Report of the Indian Hemp Drugs Commission, 1894-1895 - Volume V
Year: 1894
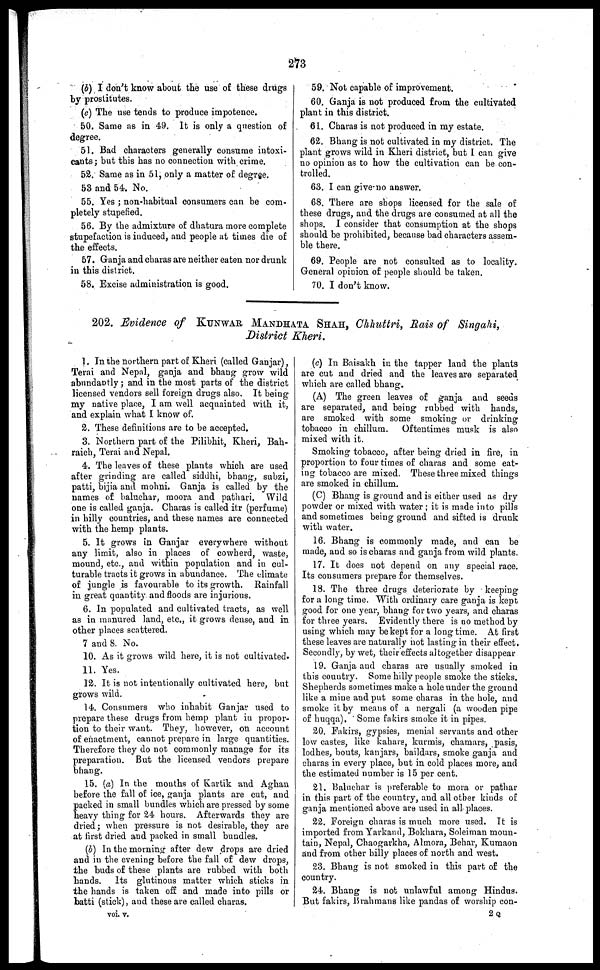
273
(b) I don't know about the use of these drugs
by prostitutes.
(c) The use tends to produce impotence.
50. Same as in 49. It is only a question of
degree.
51. Bad characters generally consume intoxi-
cants ; but this has no connection with crime.
52. Same as in 51, only a matter of degree.
53 and 54. No.
55. Yes ; non-habitual consumers can be com-
pletely stupefied.
56. By the admixture of dhatura more complete
stupefaction is induced, and people at times die of
the effects.
57. Ganja and charas are neither eaten nor drunk
in this district.
58. Excise administration is good.
59. Not capable of improvement.
60. Ganja is not produced from the cultivated
plant in this district.
61. Charas is not produced in my estate.
62. Bhang is not cultivated in my district. The
plant grows wild in Kheri district, but I can give
no opinion as to how the cultivation can be con-
trolled.
63. I can give no answer.
68. There are shops licensed for the sale of
these drugs, and the drugs are consumed at all the
shops. I consider that consumption at the shops
should be prohibited, because bad characters assem-
ble there.
69. People are not consulted as to locality.
General opinion of people should be taken.
70. I don't know.
202. Evidence of KUNWAR MANDHATA SHAH, Chhuttri, Rais of Singahi,
District Kheri.
1. In the northern part of Kheri (called Ganjar),
Terai and Nepal, ganja and bhang grow wild
abundantly ; and in the most parts of the district
licensed vendors sell foreign drugs also. It being
my Dative place, I am well acquainted with it,
and explain what I know of.
2. These definitions are to be accepted.
3. Northern part of the Pilibhit, Kheri, Bah-
raich, Terai and Nepal.
4. The leaves of these plants which are used
after grinding are called siddhi, bhang, subzi,
patti, bijia and mohni. Ganja is called by the
names of haluchar, moora and pathari. Wild
one is called ganja. Charas is called itr (perfume)
in hilly countries, and these names are connected
with the hemp plants.
5. It grows in Ganjar everywhere without
any limit, also in places of cowherd, waste,
mound, etc., and within population and in cul-
turable tracts it grows in abundance. The climate
of jungle is favourable to its growth. Rainfall
in great quantity and floods are injurious.
6. In populated and cultivated tracts, as well
as in manured land, etc., it grows dense, and in
other places scattered.
7 and 8. No.
10. As it grows wild here, it is not cultivated.
11. Yes.
12. It is not intentionally cultivated here, but
grows wild.
14. Consumers who inhabit Ganjar used to
prepare these drugs from hemp plant in propor-
tion to their want. They, however, on account
of enactment, cannot prepare in large quantities.
Therefore they do not commonly manage for its
preparation. But the licensed vendors prepare
bhang.
15. (a) In the months of Kartik and Aghan
before the fall of ice, ganja plants are cut, and
packed in small bundles which are pressed by some
heavy thing for 24 hours. Afterwards they are
dried; when pressure is not desirable, they are
at first dried and packed in small bundles.
(b) In the morning after dew drops are dried
and in the evening before the fall of dew drops,
the buds of these plants are rubbed with both
Lands. Its glutinous matter which sticks in
the hands is taken off and made into pills or
batti (stick), and these are called charas.
(c) In Baisakh in the tapper land the plants
are cut and dried and the leaves are separated
which are called bhang.
(A) The green leaves of ganja and 6eeds
are separated, and being rubbed with hands,
are smoked with some smoking or drinking
tobacco in chillum. Oftentimes musk is also
mixed with it.
Smoking tobacco, after being dried in fire, in
proportion to four times of charas and some eat-
ing tobacco are mixed. These three mixed things
are smoked in chillum.
(C) Bhang is ground and is either used as dry
powder or mixed with water ; it is made into pills
and sometimes being ground and sifted is drunk
with water.
16. Bhang is commonly made, and can be
made, and so is charas and ganja from wild plants.
17. It does not depend on any special race.
Its consumers prepare for themselves.
18. The three drugs deteriorate by keeping
for a long time. With ordinary care ganja is kept
good for one year, bhang for two years, and charas
for three years. Evidently there is no method by
using which may be kept for a long time. At first
these leaves are naturally not lasting in their effect.
Secondly, by wet, their effects altogether disappear
19. Ganja and charas are usually smoked in
this country. Some hilly people smoke the sticks.
Shepherds sometimes make a hole under the ground
like a mine and put some charas in the hole, and
smoke it by means of a nergali (a wooden pipe
of huqqa). Some fakirs smoke it in pipes.
20. Fakirs, gypsies, menial servants and other
low castes, like kahars, kurmis, chamars, pasis,
lodhes, bouts, kanjars, baildars, smoke ganja and
charas in every place, but in cold places more, and
the estimated number is 15 per cent.
21. Baluchar is preferable to mora or pathar
in this part of the country, and all other kinds of
ganja mentioned above are used in all places.
22. Foreign charas is much more used. It is
imported from Yarkand, Bokhara, Soleiman moun-
tain, Nepal, Chaogarkha, Almora, Behar, Kumaon
and from other hilly places of north and west.
23. Bhang is not smoked in this part of the
country.
24. Bhang is not unlawful among Hindus.
But fakirs. Brahmans like pandas of worship con-
vol. v.
2 Q